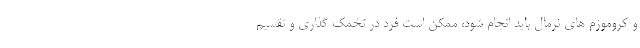
و کروموزم های نرمال باید انجام شود، ممکن است فرد در تخمک گذاری و تقسیم